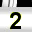
Digit: 2